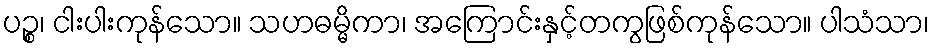
ပဉ္စ၊ ငါးပါးကုန်သော။ သဟဓမ္မိကာ၊ အကြောင်းနှင့်တကွဖြစ်ကုန်သော။ ပါသံသာ၊